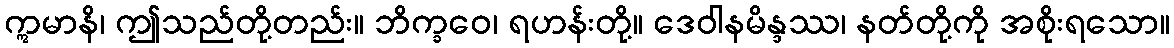
ဣမာနိ၊ ဤသည်တို့တည်း။ ဘိက္ခဝေ၊ ရဟန်းတို့။ ဒေဝါနမိန္ဒဿ၊ နတ်တို့ကို အစိုးရသော။